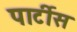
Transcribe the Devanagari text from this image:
पार्टीस